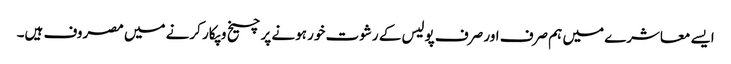
ایسے معاشرے میں ہم صرف اور صرف پولیس کے رشوت خور ہونے پر چیخ و پکار کرنے میں مصروف ہیں۔